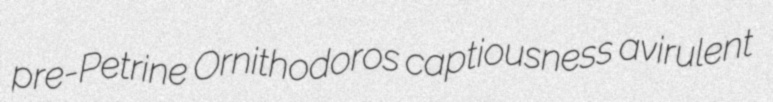
pre-Petrine Ornithodoros captiousness avirulent